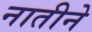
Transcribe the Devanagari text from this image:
नातीने